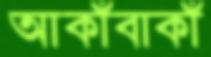
আকাঁবাকাঁ